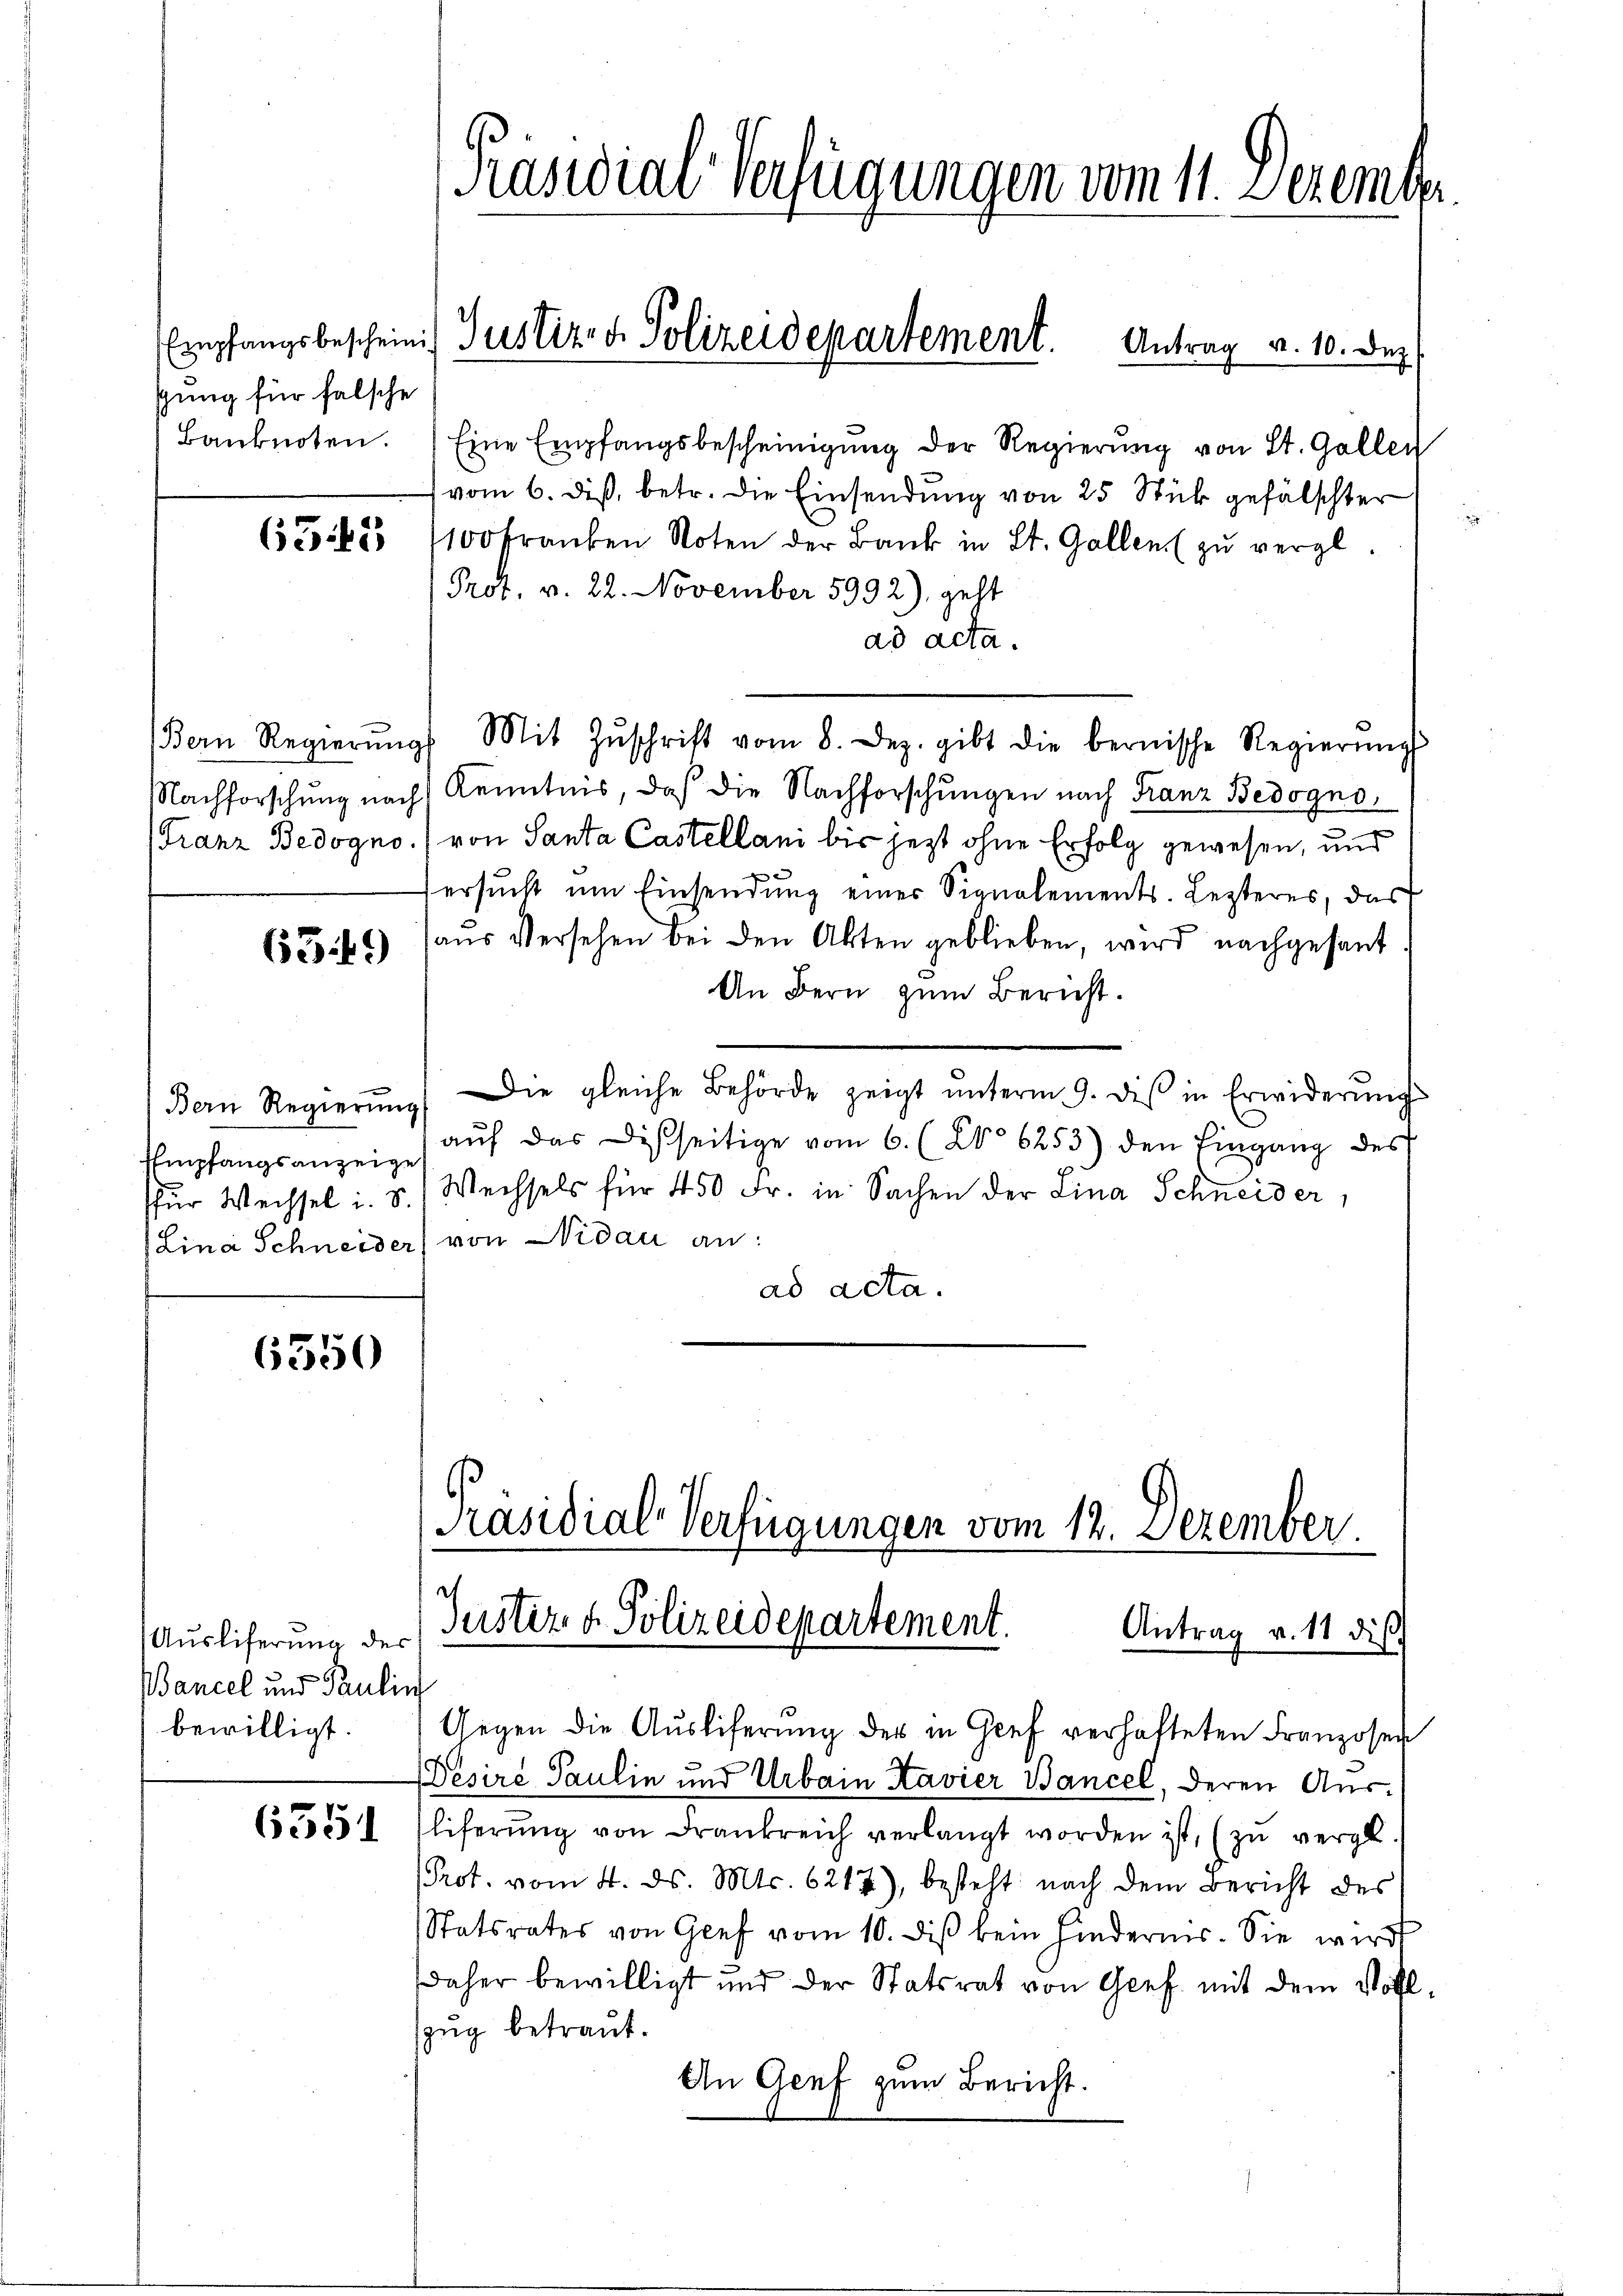
sung für falsche

6349)

6350

Auslieferung der
Bancel und Paulin
bewilligt.

.
653

Banknoten. Eine Empfangsbescheinigŭng der Regierŭng von St. Gallen
vom 6. diß, betr. die Einsendung von 25 Stück gefälschter
65 bis 1100 Franken Noten der Bank in St. Gallen zŭ vergl.
Prot. v. 22. November 5992), geht
ad acta.
Bern Regierŭng Mit Zŭschrift vom 8. Dez. gibt die bernische Regierŭng
Nachforschung nach Kenntnis, daß die Nachforschŭngen nach Franz Bedogno
(Franz Bedogno von Santa Castellani bis jezt ohne Erfolg gewesen, und
ersŭcht um Einsendŭng einer Signalements. Lezteres, das
aus Versehen bei den Akten geblieben, wird nachgesant
An Bern zum Bericht.
Bern Regierŭng. Die gleiche Behörde zeigt ŭnterm 9. diβ in Erwiderŭng
Empfangsanzeige aŭf das Disseitige vom 6. (No 6253) den Eingang des
für Wechsel i. S. Wechsels für 450 Fr. in Sachen der Lina Schneider,
Lina Schneider, von Nidau an:
ad acta.
Präsidial-Verfügungen vom 12. Dezember

Präsidial-Verfügungen vom 11. Dezemb

Empfangsbeschein Justiz- & Polizeidepartement. Antrag v. 10. Dez.

Justiz & Polizeidepartement.
Antrag v. 11 dies

Gegen die Aŭsliferŭng der in Genf verhafteten Franzosen
Désire Paulin und Urbain Kavier Bancel, deren Ausliferung von Frankreich verlangt worden ist, (zu vergl.
Prot. vom 4. ds. Mts. 6217), besteht nach dem Bericht des
Statsrates von Graf vom 10. diß kein Hindernis. Sie wird
daher bewilligt und der Statsrat von Genf mit dem Vollzzug betraut.
An Genf zum Bericht.